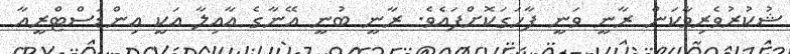
ޝުކުރުވެރިވާކަން ރާނީ ވަނީ ފާހަގަކޮށްފައެވެ. ރާނީ ބުނީ އޭނާގެ އާއިލާ އަކީ އިންޑަސްޓްރީއާ